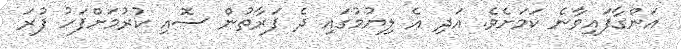
އަންގާފައިވާނެ ކަމަށެވެ. އަދި އެ ލިޔުމުގައި ދެ ފަރާތުން ސޮއި ކުރުމަށްފަހު ފުރަ